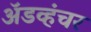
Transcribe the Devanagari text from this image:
ॲडव्हंचर